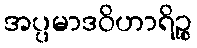
အပ္ပမာဒဝိဟာရိဉ္စ